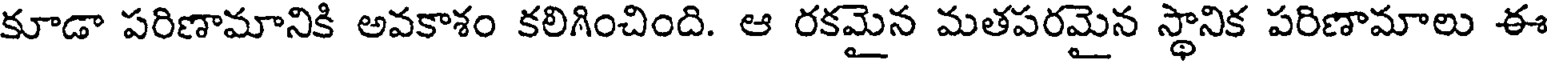
కూడా పరిణామానికి అవకాశం కలిగించింది. ఆ రకమైన మతపరమైన స్థానిక పరిణామాలు ఈ